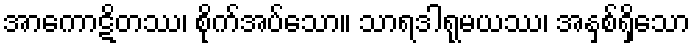
အာကောဋိတဿ၊ စိုက်အပ်သော။ သာရဒါရုမယဿ၊ အနှစ်ရှိသော